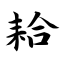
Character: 耠